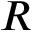
R